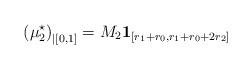
LaTeX: \begin{align*}\left(\mu_2^\star\right)_{|\left[0,1\right]}=M_2\mathbf{1}_{\left[r_1+r_0,r_1+r_0+2r_2\right]}\end{align*}